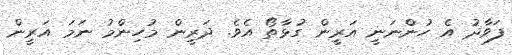
ފަވާދު އެ ހުންނަނީ އަރީން ގުޅާތޯ އެވެ. ދަރީން މުހިންމު ނަމަ އަރީން